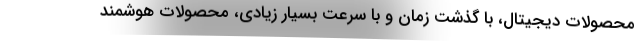
محصولات دیجیتال، با گذشت زمان و با سرعت بسیار زیادی، محصولات هوشمند